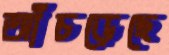
আঁচড়েছে